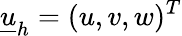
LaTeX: \underline{{u}}_{h}=(u,v,w)^{T}